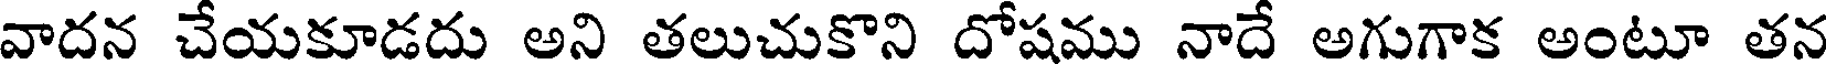
వాదన చేయకూడదు అని తలుచుకొని దోషము నాదే అగుగాక అంటూ తన